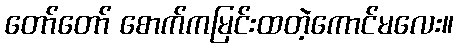
တော်တော် စောက်ကမြင်းထတဲ့ကောင်မလေး။